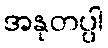
အနုတပ္ပါ